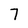
Character: 7